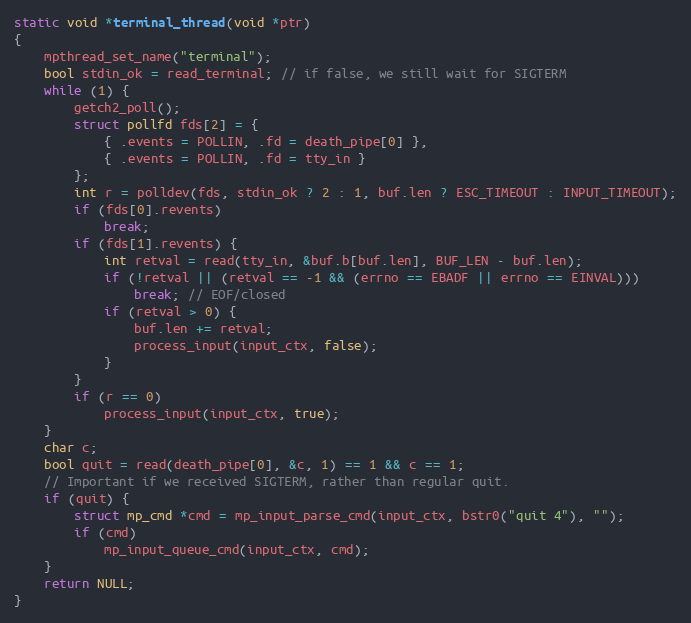
Language: C
static void *terminal_thread(void *ptr)
{
    mpthread_set_name("terminal");
    bool stdin_ok = read_terminal; // if false, we still wait for SIGTERM
    while (1) {
        getch2_poll();
        struct pollfd fds[2] = {
            { .events = POLLIN, .fd = death_pipe[0] },
            { .events = POLLIN, .fd = tty_in }
        };
        int r = polldev(fds, stdin_ok ? 2 : 1, buf.len ? ESC_TIMEOUT : INPUT_TIMEOUT);
        if (fds[0].revents)
            break;
        if (fds[1].revents) {
            int retval = read(tty_in, &buf.b[buf.len], BUF_LEN - buf.len);
            if (!retval || (retval == -1 && (errno == EBADF || errno == EINVAL)))
                break; // EOF/closed
            if (retval > 0) {
                buf.len += retval;
                process_input(input_ctx, false);
            }
        }
        if (r == 0)
            process_input(input_ctx, true);
    }
    char c;
    bool quit = read(death_pipe[0], &c, 1) == 1 && c == 1;
    // Important if we received SIGTERM, rather than regular quit.
    if (quit) {
        struct mp_cmd *cmd = mp_input_parse_cmd(input_ctx, bstr0("quit 4"), "");
        if (cmd)
            mp_input_queue_cmd(input_ctx, cmd);
    }
    return NULL;
}